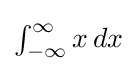
{\textstyle \int _{-\infty }^{\infty }x\,dx}